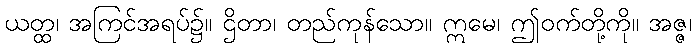
ယတ္ထ၊ အကြင်အရပ်၌။ ဌိတာ၊ တည်ကုန်သော။ ဣမေ၊ ဤဝက်တို့ကို။ အဇ္ဇ၊